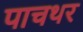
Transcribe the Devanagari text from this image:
पाचथर